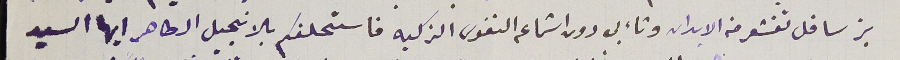
بز ساقل تقشعر منه الابدان وتاءبى دون استماعه النفوس الزكيه فاستحلفكم بلانجيل الطاهر ايها السيد